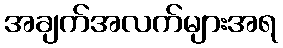
အချက်အလက်များအရ